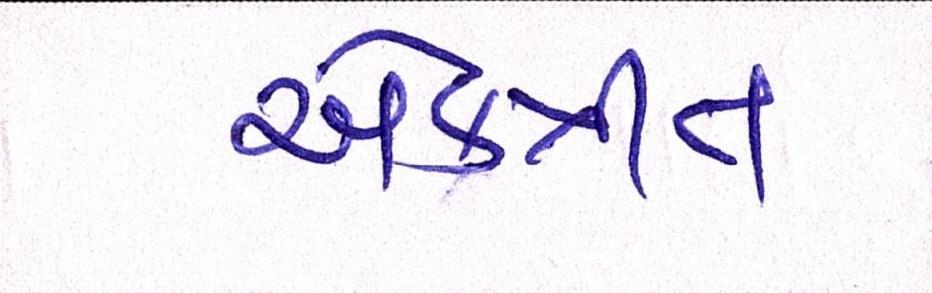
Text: એકત્રીત